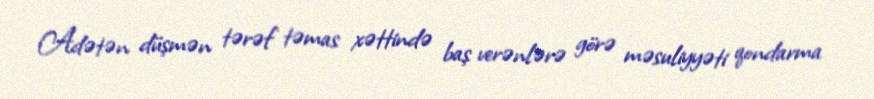
Adətən düşmən tərəf təmas xəttində baş verənlərə görə məsuliyyəti qondarma